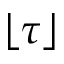
\lfloor \tau \rfloor